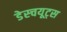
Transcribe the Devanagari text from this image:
डेस्चयूट्स